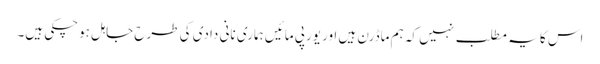
اس کا یہ مطلب نہیں کہ ہم ماڈرن ہیں اور یورپی مائیں ہماری نانی دادی کی طرح جاہل ہوچکی ہیں۔